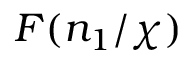
F ( n _ { 1 } / \chi )